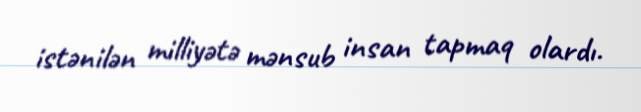
istənilən milliyətə mənsub insan tapmaq olardı.